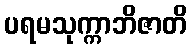
ပရမသုက္ကာဘိဇာတိ